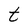
Character: t